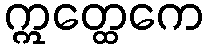
ဣတ္ထေကေ